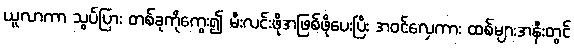
ယူလာကာ သွပ်ပြား တစ်ခုကိုကွေး၍ မီးလင်းဖိုအဖြစ်ဖိုပေးပြီး အဝင်လှေကား ထစ်များအနီးတွင်